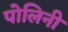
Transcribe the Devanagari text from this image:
पोलिनी